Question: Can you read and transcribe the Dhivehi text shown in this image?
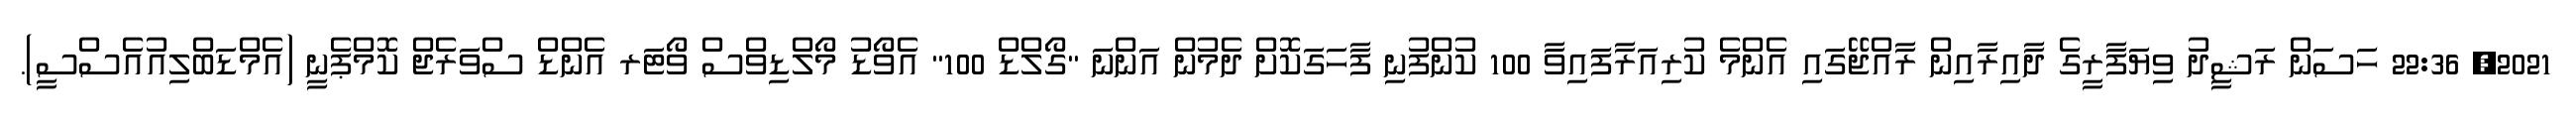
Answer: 2021, 22:36 ހަސަން ރަޝީދު ވިޔަފާރީގެ ދާއިރާއިން ރާއްޖޭގައި އެންމެ ކުރިއަރާފައިވާ 100 ކުންފުނި ފާހަގަކޮށް ދެމުން އަންނަ "ގޯލްޑް 100" އެވޯޑު މޯލްޑިވްސް ވޯޓަރ އެންޑް ސްވަރެޖް ކޮމްޕެނީ (އެމްޑަބްލިއުއެސްސީ).